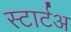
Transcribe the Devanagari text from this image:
स्टार्टअ